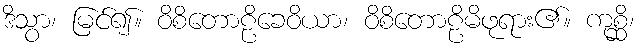
ဒိသွာ၊ မြင်၍။ ဝိစိတောဠိခေဝိယာ၊ ဝိစိတောဠိမိဖုရား၏။ ကုစ္ဆိ၊